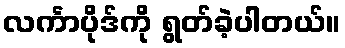
လင်္ကာပိုဒ်ကို ရွတ်ခဲ့ပါတယ်။